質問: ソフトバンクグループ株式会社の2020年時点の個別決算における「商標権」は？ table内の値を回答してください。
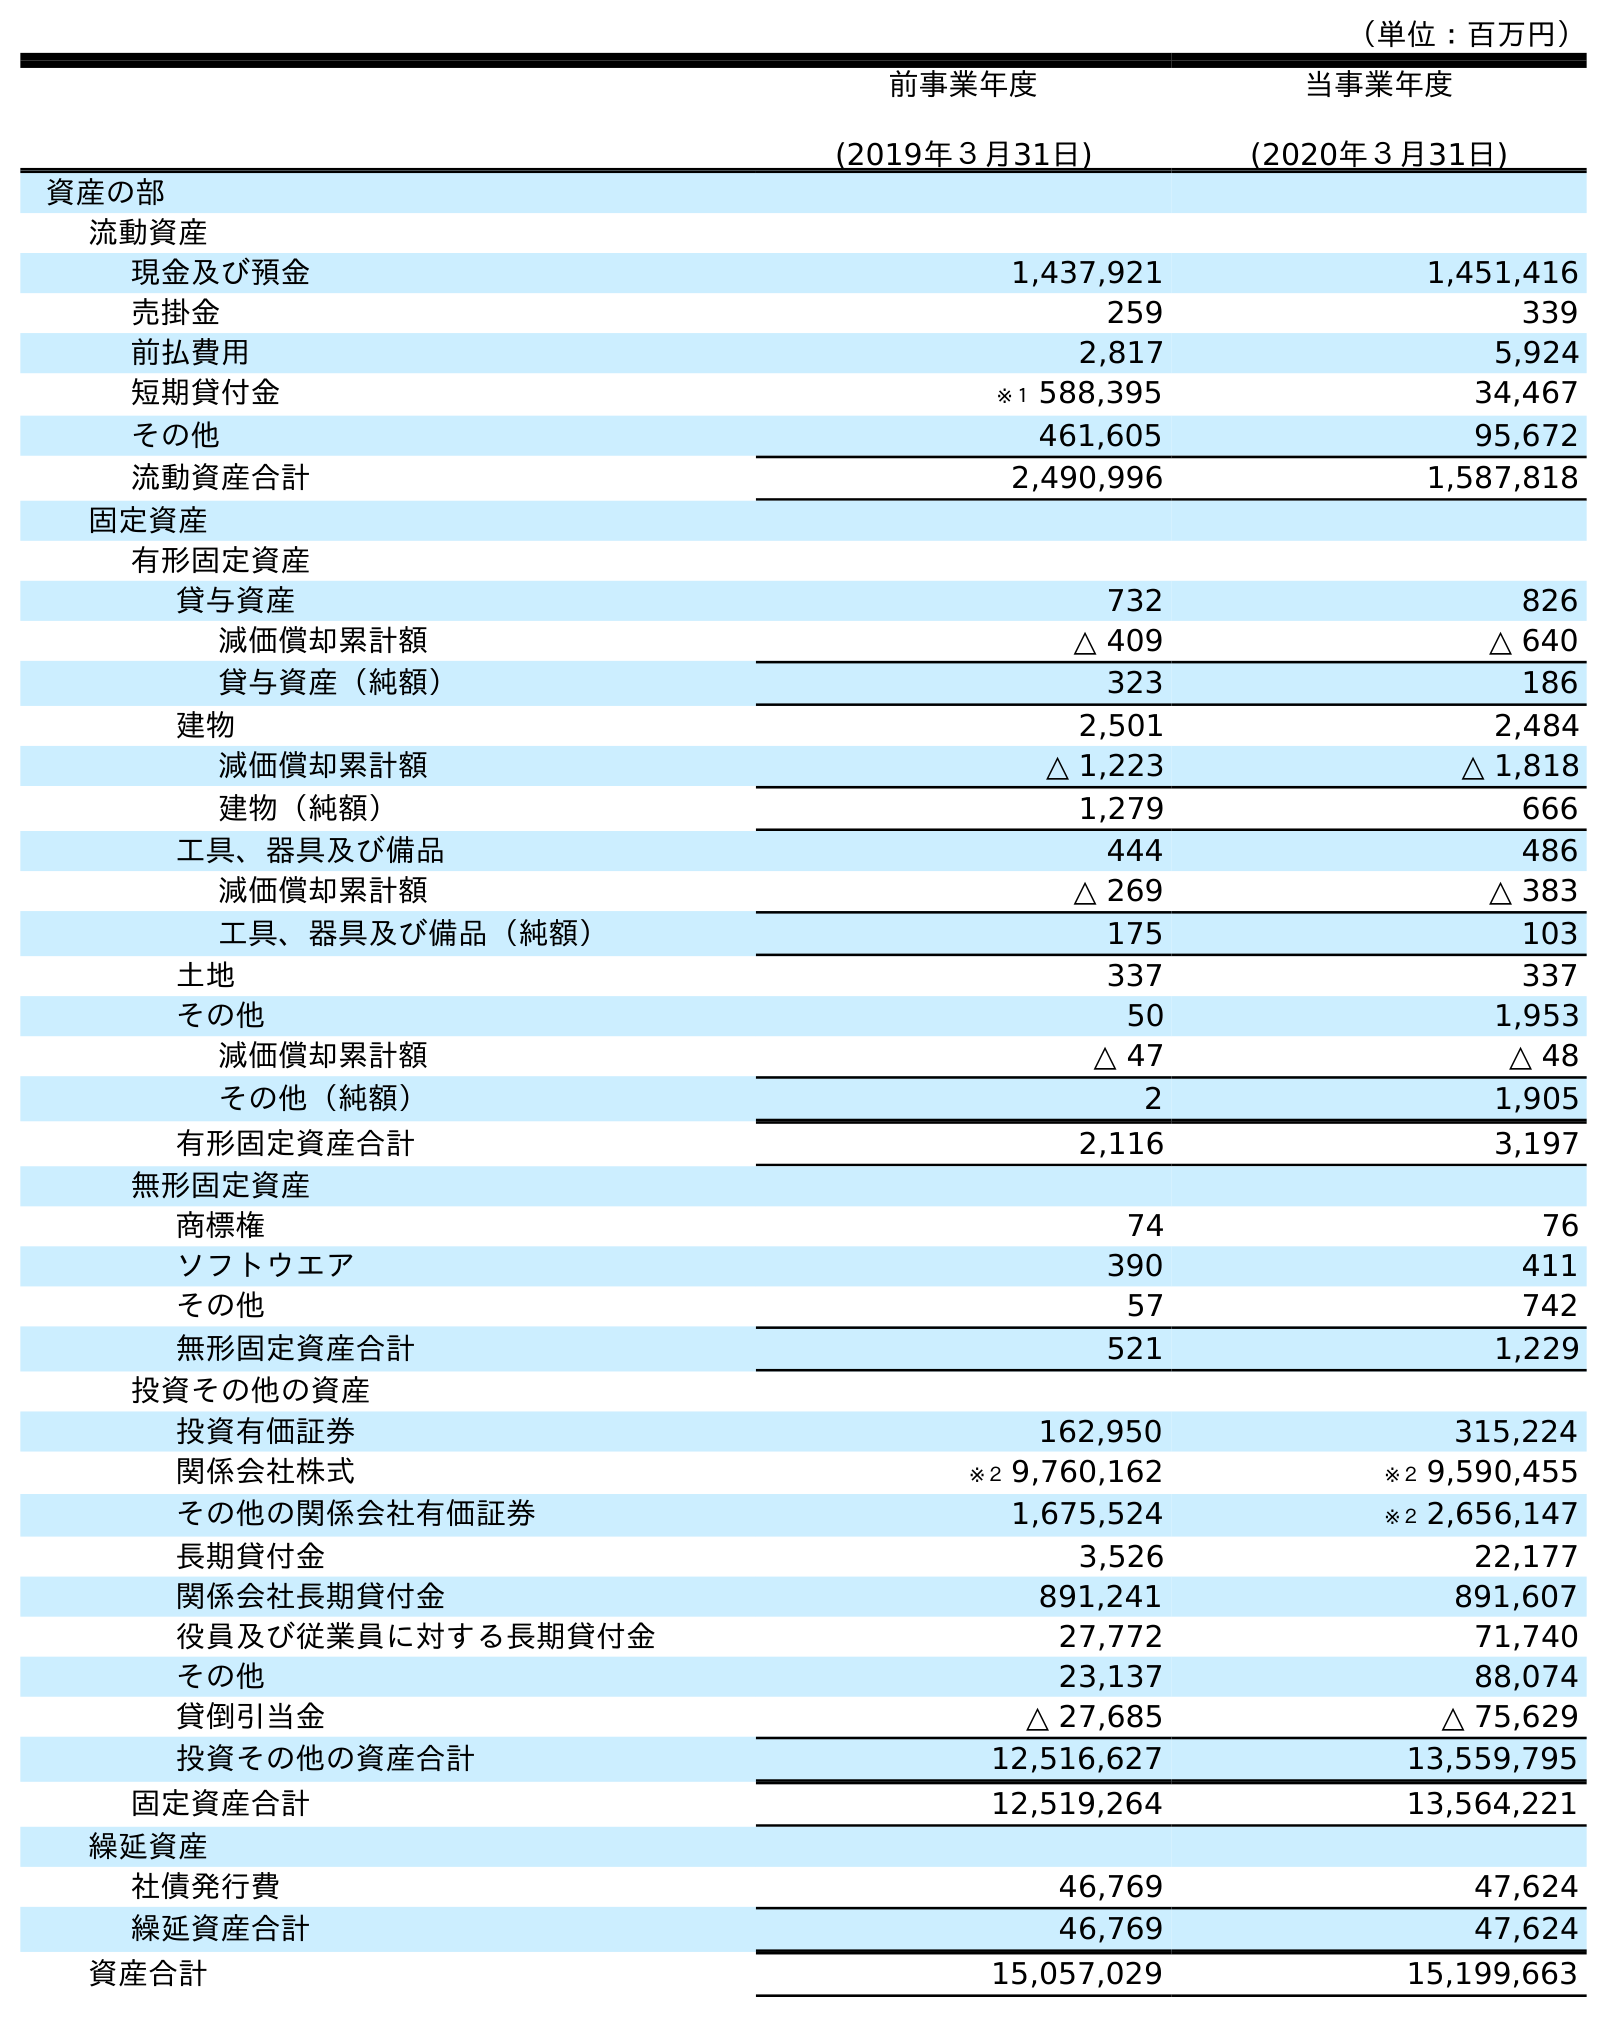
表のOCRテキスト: （単位：百万円） 前事業年度 (2019年３月31日) 当事業年度 (2020年３月31日) 資産の部 流動資産 現金及び預金 1,437,921 1,451,416 売掛金 259 339 前払費用 2,817 5,924 短期貸付金 ※１ 588,395 34,467 その他 461,605 95,672 流動資産合計 2,490,996 1,587,818 固定資産 有形固定資産 貸与資産 732 826 減価償却累計額 △ 409 △ 640 貸与資産（純額） 323 186 建物 2,501 2,484 減価償却累計額 △ 1,223 △ 1,818 建物（純額） 1,279 666 工具、器具及び備品 444 486 減価償却累計額 △ 269 △ 383 工具、器具及び備品（純額） 175 103 土地 337 337 その他 50 1,953 減価償却累計額 △ 47 △ 48 その他（純額） 2 1,905 有形固定資産合計 2,116 3,197 無形固定資産 商標権 74 76 ソフトウエア 390 411 その他 57 742 無形固定資産合計 521 1,229 投資その他の資産 投資有価証券 162,950 315,224 関係会社株式 ※２ 9,760,162 ※２ 9,590,455 その他の関係会社有価証券 1,675,524 ※２ 2,656,147 長期貸付金 3,526 22,177 関係会社長期貸付金 891,241 891,607 役員及び従業員に対する長期貸付金 27,772 71,740 その他 23,137 88,074 貸倒引当金 △ 27,685 △ 75,629 投資その他の資産合計 12,516,627 13,559,795 固定資産合計 12,519,264 13,564,221 繰延資産 社債発行費 46,769 47,624 繰延資産合計 46,769 47,624 資産合計 15,057,029 15,199,663
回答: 76